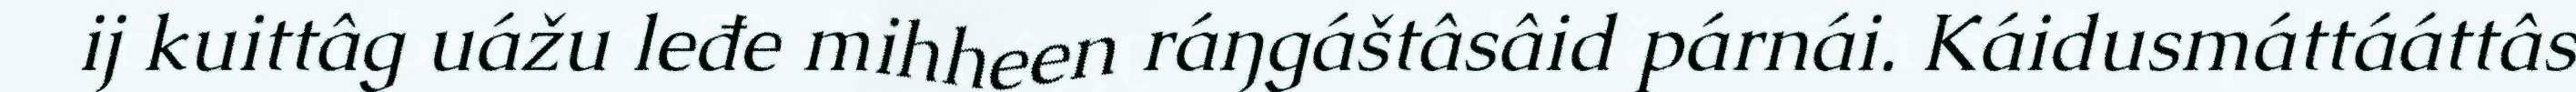
ij kuittâg uážu leđe mihheen ráŋgáštâsâid párnái. Káidusmáttááttâs